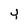
Character: Y